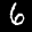
Label: 6